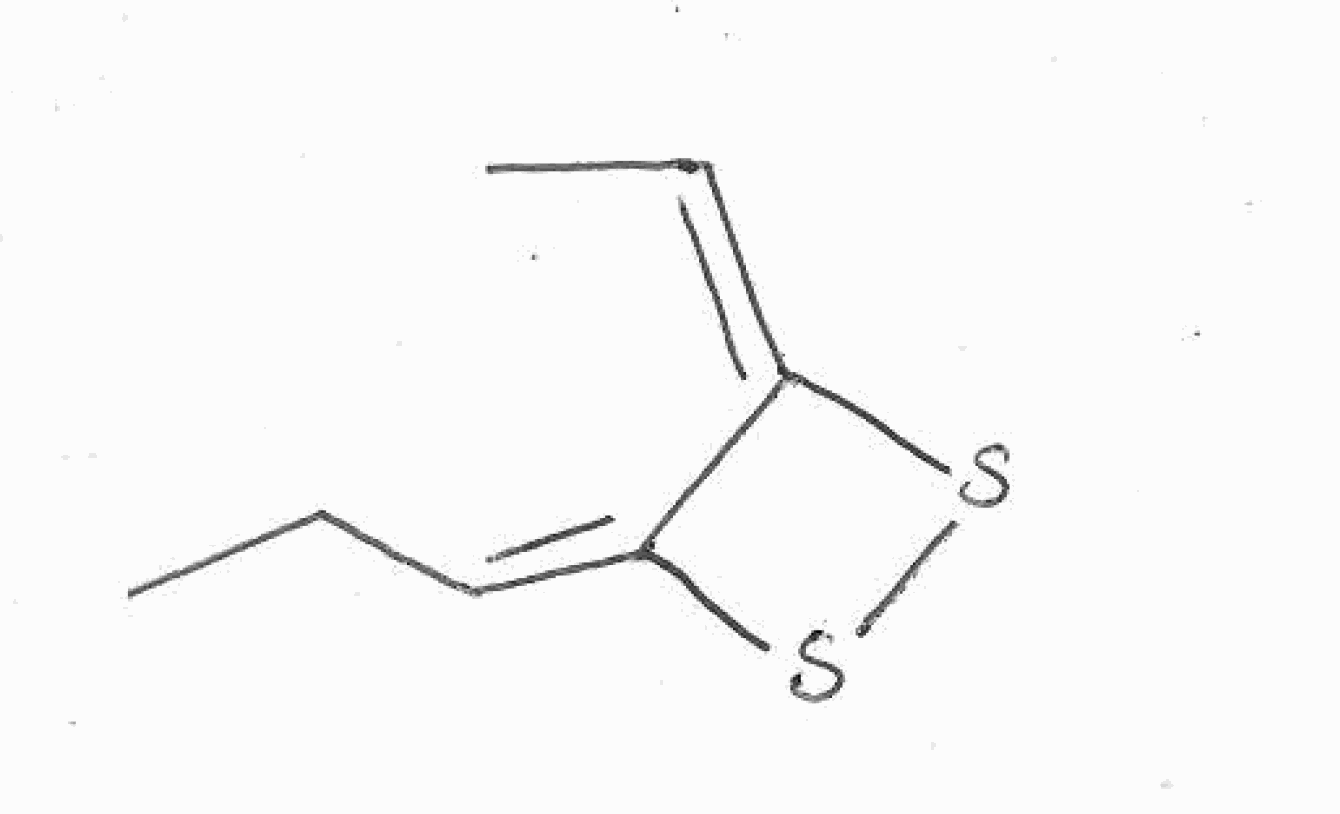
Simplified molecular-input line-entry system (SMILES) notation of the given molecule:
CC/C=C/1\C(=C/C)\SS1